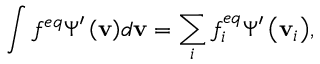
\int { { f ^ { e q } } { \boldsymbol { \Psi } } ^ { \prime } \left( { \bf { v } } \right) } d { \bf { v } } = \sum _ { i } { f _ { i } ^ { e q } { \boldsymbol { \Psi } } ^ { \prime } \left( { { { \bf { v } } _ { i } } } \right) } ,